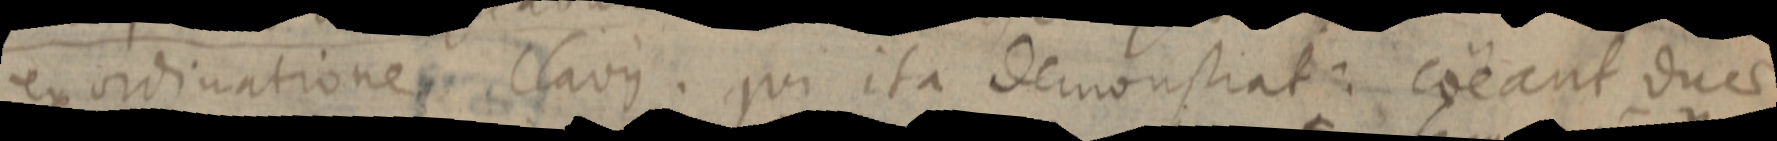
ex ordinatione Clavius. qui ita demonstrat: coeant duae